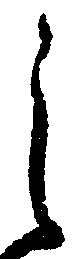
之